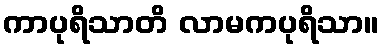
ကာပုရိသာတိ လာမကပုရိသာ။